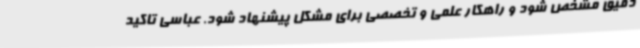
دقیق مشخص شود و راهکار علمی و تخصصی برای مشکل پیشنهاد شود. عباسی تاکید